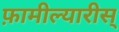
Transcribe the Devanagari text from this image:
फ़ामील्यारीस्